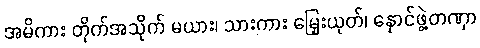
အမိကား တိုက်အသိုက် မယား၊ သားကား မြှေးယုတ်၊ နှောင်ဖွဲ့တဏှာ